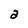
Character: a